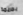
بجريمة